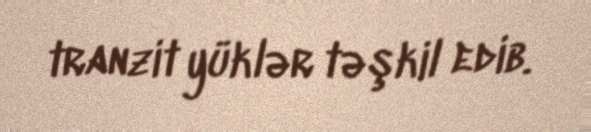
tranzit yüklər təşkil edib.